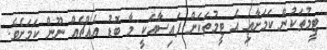
ޓީމުތަކުން ކަމަށާއި އެ ޓީމުތަކަށް ފައިސާއަކީ މާ ބޮޑު އެއްޗެއް ނޫން ކަމަށެވެ.